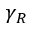
\gamma _ { R }